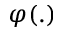
\varphi ( . )